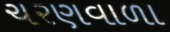
ચરણવાળા